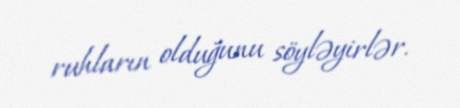
ruhların olduğunu söyləyirlər.